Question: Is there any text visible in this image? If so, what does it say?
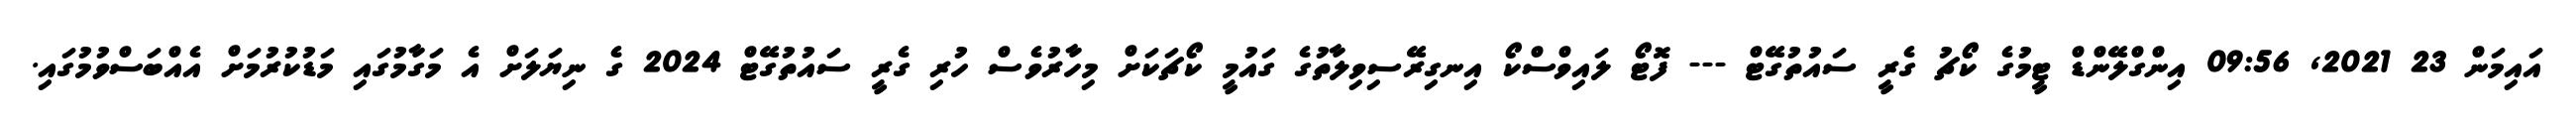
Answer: އައިމަން 23 2021, 09:56 އިންގްލޭންޑް ޓީމުގެ ކޯޗު ގެރީ ސައުތުގޭޓް --- ފޮޓޯ ލައިވްސްކޯ އިނގިރޭސިވިލާތުގެ ގައުމީ ކޯޗަކަށް މިހާރުވެސް ހުރި ގެރީ ސައުތުގޭޓް 2024 ގެ ނިޔަލަށް އެ މަގާމުގައި މަޑުކުރުމަށް އެއްބަސްވުމުގައި.